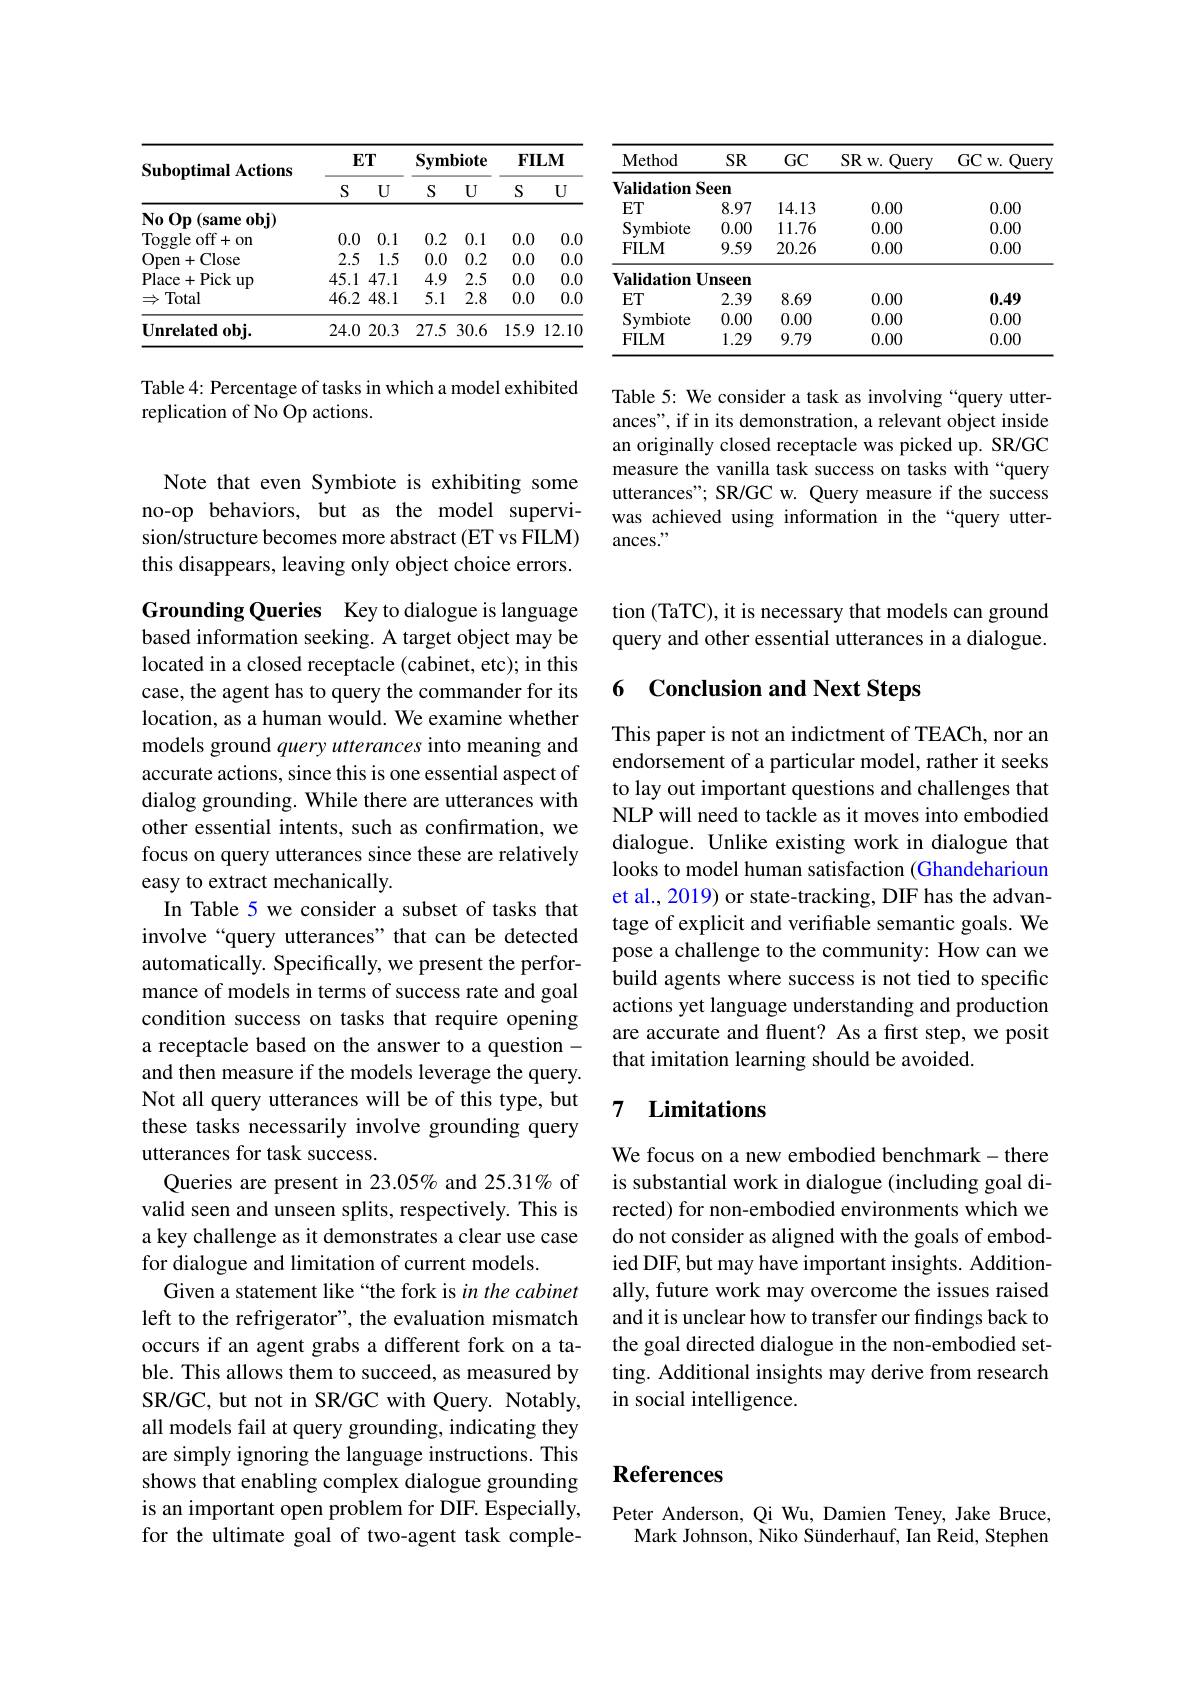
<table>
	<tbody>
		<tr>
			<th>Method</th>
			<th>SR</th>
			<th>GC</th>
			<th>$SRw.$ $\underline{Query}$</th>
			<th>GC Query $W.$</th>
		</tr>
		<tr>
			<td>$\mathbf{Validation}$</td>
			<td>$\dot{\mathbf{s}}een$</td>
			<td> </td>
			<td> </td>
			<td> </td>
		</tr>
		<tr>
			<td>$ET$</td>
			<td>8.97</td>
			<td>14.13</td>
			<td>0.00</td>
			<td>0.00</td>
		</tr>
		<tr>
			<td>Symbiote</td>
			<td>0.00</td>
			<td>11.76</td>
			<td>0.00</td>
			<td>0.00</td>
		</tr>
		<tr>
			<td>$FILM$</td>
			<td>9.59</td>
			<td>20.26</td>
			<td>0.00</td>
			<td>0.00</td>
		</tr>
		<tr>
			<td>$\mathbf{Validation}$ $\mathbf{I}$</td>
			<td>${\mathrm{Jnseen}}$</td>
			<td> </td>
			<td> </td>
			<td> </td>
		</tr>
		<tr>
			<td>$ET$</td>
			<td>2.39</td>
			<td>8.69</td>
			<td>0.00</td>
			<td>0.49</td>
		</tr>
		<tr>
			<td>Symbiote</td>
			<td>0.00</td>
			<td>0.00</td>
			<td>0.00</td>
			<td>0.00</td>
		</tr>
		<tr>
			<td>$FILM$</td>
			<td>1.29</td>
			<td>9.79</td>
			<td>0.00</td>
			<td>0.00</td>
		</tr>
	</tbody>
</table>

Table 5: We consider a task as involving “query utterances", if in its demonstration, a relevant object inside an originally closed receptacle was picked up. SR/GC measure the vanilla task success on tasks with“query utterances" SR/GC w. Query measure if the success was achieved using information in the“query utterances."

<table>
	<tbody>
		<tr>
			<th rowspan="2">Suboptimal Actions</th>
			<th rowspan="2">$ET$ S </th>
			<th>$\Gamma$</th>
			<th colspan="2">Symbiote</th>
			<th rowspan="2">$FII$ S</th>
			<th rowspan="2">$LM$ U</th>
		</tr>
		<tr>
			<th>U</th>
			<th>S</th>
			<th>$U$</th>
		</tr>
		<tr>
			<td>$\mathbf{N} _{0}$ $\mathbf{O} \mathbf{p}$ $( \mathbf{s} \mathbf{a} \mathbf{m} \mathbf{e} \mathbf{o} \mathbf{b} \mathbf{i} )$</td>
			<td> </td>
			<td> </td>
			<td> </td>
			<td> </td>
			<td> </td>
			<td> </td>
		</tr>
		<tr>
			<td>Toggle off+ on</td>
			<td>0.0</td>
			<td>0. 1</td>
			<td>0.2</td>
			<td>0.1</td>
			<td>0.0</td>
			<td>0.0</td>
		</tr>
		<tr>
			<td>Open+ Close .</td>
			<td>2.5</td>
			<td>1.5 1 </td>
			<td>0.0</td>
			<td>0.2</td>
			<td>0.0</td>
			<td>0.0</td>
		</tr>
		<tr>
			<td>Place+Pick $<up$</td>
			<td>45.1</td>
			<td>47.1 </td>
			<td>4.9</td>
			<td>2.5</td>
			<td>0.0</td>
			<td>0.0</td>
		</tr>
		<tr>
			<td>$\Rightarrow$ Total</td>
			<td>46.2</td>
			<td>48.1 </td>
			<td>5.1</td>
			<td>2.8</td>
			<td>0.0</td>
			<td>0.0</td>
		</tr>
		<tr>
			<td>$\textbf{Unrelated obj. }$</td>
			<td>24.0</td>
			<td>20.3</td>
			<td>27.5</td>
			<td>30.6</td>
			<td>15.9</td>
			<td>12.10</td>
		</tr>
	</tbody>
</table>

Table 4: Percentage of tasks in which a model exhibited
replication of No Op actions.

Note that even Symbiote is exhibiting some no-op behaviors, but as the model supervision/structure becomes more abstract (ET vs FILM) this disappears, leaving only object choice errors.

Grounding Queries Key to dialogue is language based information seeking. A target object may be located in a closed receptacle (cabinet, etc); in this case, the agent has to query the commander for its location, as a human would. We examine whether models ground query utterances into meaning and accurate actions, since this is one essential aspect of dialog grounding. While there are utterances with other essential intents, such as confirmation, we focus on query utterances since these are relatively easy to extract mechanically.
In Table 5 we consider a subset of tasks that involve“query utterances”that can be detected automatically. Specifically, we present the performance of models in terms of success rate and goal condition success on tasks that require opening a receptacle based on the answer to a question - and then measure if the models leverage the query. Not all query utterances will be of this type, but these tasks necessarily involve grounding query utterances for task success.
Queries are present in 23.05% and 25.31% of is substantial work in dialogue (including goal di-
valid seen and unseen splits, respectively. This is a key challenge as it demonstrates a clear use case for dialogue and limitation of current models.
Given a statement like “the fork is in the cabinet left to the refrigerator", the evaluation mismatch occurs if an agent grabs a different fork on a table. This allows them to succeed, as measured by SR/GC, but not in SR/GC with Query. Notably, all models fail at query grounding, indicating they are simply ignoring the language instructions. This shows that enabling complex dialogue grounding is an important open problem for DIF. Especially, for the ultimate goal of two-agent task comple-

tion (TaTC), it is necessary that models can ground query and other essential utterances in a dialogue.

## 6 Conclusion and Next Steps

This paper is not an indictment of TEACh, nor an endorsement of a particular model, rather it seeks to lay out important questions and challenges that NLP will need to tackle as it moves into embodied dialogue. Unlike existing work in dialogue that looks to model human satisfaction (Ghandeharioun et al., 2019) or state-tracking, DIF has the advantage of explicit and verifiable semantic goals. We pose a challenge to the community: How can we build agents where success is not tied to specific actions yet language understanding and production are accurate and fluent? As a first step, we posit that imitation learning should be avoided.

### 7 $\textbf{Limitations}$

We focus on a new embodied benchmark-there rected) for non-embodied environments which we do not consider as aligned with the goals of embodied DIF, but may have important insights. Additionally, future work may overcome the issues raised and it is unclear how to transfer our findings back to the goal directed dialogue in the non-embodied setting. Additional insights may derive from research in social intelligence.

# References

Peter Anderson, Qi Wu, Damien Teney, Jake Bruce,
Mark Johnson, Niko Sünderhauf, Ian Reid, Stephen